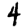
Digit: 4